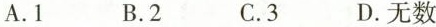
A.1 B.2 C.3 D无数